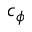
c _ { \phi }